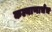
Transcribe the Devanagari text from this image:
कल्याणाचेच